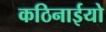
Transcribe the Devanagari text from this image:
कठिनाईयो